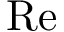
\mathrm { R e }